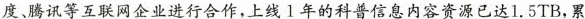
度、腾讯等互联网企业进行合作，上线l年的科普信息内容资源已达1.5TB，累